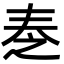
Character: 𡘕